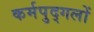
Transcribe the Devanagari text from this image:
कर्मपुद्गलों